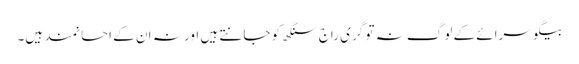
بیگو سرائے کے لوگ نہ تو گری راج سنگھ کو جانتے ہیں اور نہ ان کے احسانمند ہیں۔